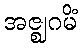
အဇ္ဈဂမိံ